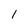
Character: l